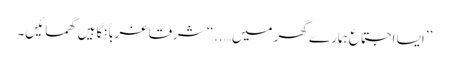
’’ایسا اجتماع ہمارے گھر میں…..‘‘ شرقاً غرباً نگاہیں گھمائیں۔